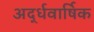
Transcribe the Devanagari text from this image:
अर्द्धवार्षिक